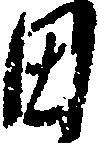
田